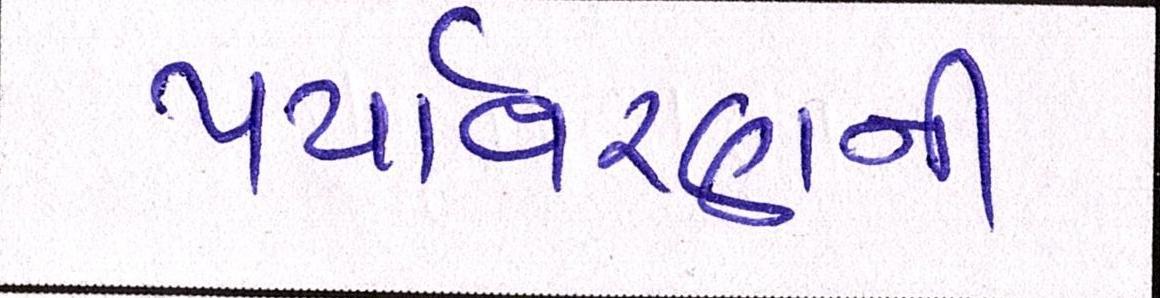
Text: પર્યાવરણની